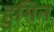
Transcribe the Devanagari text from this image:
हुमिन